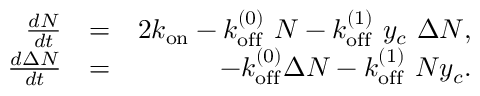
\begin{array} { r l r } { \frac { d N } { d t } } & { = } & { 2 k _ { \mathrm { o n } } - k _ { \mathrm { o f f } } ^ { ( 0 ) } \ N - k _ { \mathrm { o f f } } ^ { ( 1 ) } \ y _ { c } \ \Delta N , } \\ { \frac { d \Delta N } { d t } } & { = } & { - k _ { \mathrm { o f f } } ^ { ( 0 ) } \Delta N - k _ { \mathrm { o f f } } ^ { ( 1 ) } \ N y _ { c } . } \end{array}